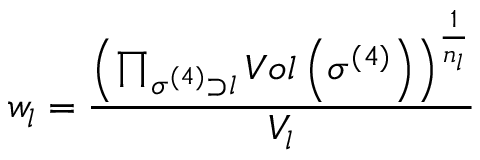
w _ { l } = \frac { \left( \prod _ { \sigma ^ { ( 4 ) } \supset l } V o l \left( \sigma ^ { ( 4 ) } \right) \right) ^ { \frac { 1 } { n _ { l } } } } { V _ { l } }